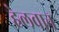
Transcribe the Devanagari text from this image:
हेलवान